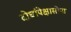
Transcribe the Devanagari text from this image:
दोघांपेक्षासोपा